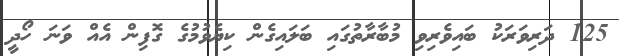
125 ދަރިވަރަކު ބައިވެރިވި މުބާރާތުގައި ބަލައިގެން ކިޔެވުމުގެ ގޮފިން އެއް ވަނަ ހޯދީ